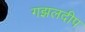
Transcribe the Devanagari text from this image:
गझलदीप